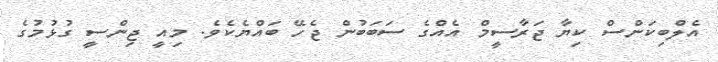
އެލްބިކަންސް ކިޔާ ޖަރާސީމް އެއްގެ ސަބަބުން ޖެހޭ ބައްޔެކެވެ. މިއީ ޖިންސީ ގުޅުމުގެ